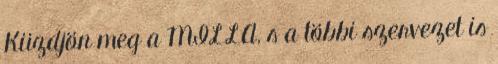
Küzdjön meg a MILLA, s a többi szervezet is